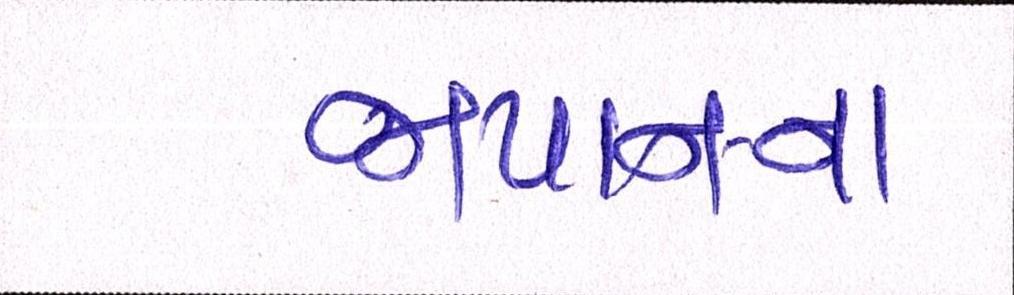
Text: જાપાનના